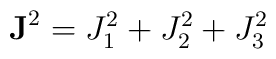
{\bf J}^2 = J_1^2 + J_2^2 + J_3^2